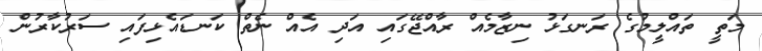
މަތީ ތައްލީމުގެ ރަނގަޅު ނިޒާމެއް ރާއްޖޭގައި އަދި އެއް ނެތް ކަނޑައެޅިފައި ސަރުކާރުން